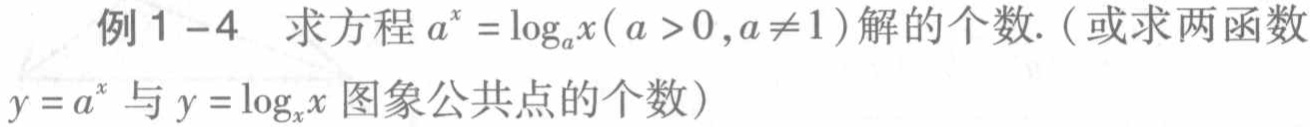
例1-4 求方程\(a^{x}=\log_{a}x(a > 0,a\neq1)\)解的个数.（或求两函数\(y = a^{x}\)与\(y=\log_{x}x\)图象公共点的个数）